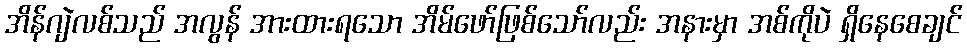
အိန်ဂျဲလစ်သည် အလွန် အားထားရသော အိမ်ဖော်ဖြစ်သော်လည်း အနားမှာ အစ်ကိုပဲ ရှိနေစေချင်